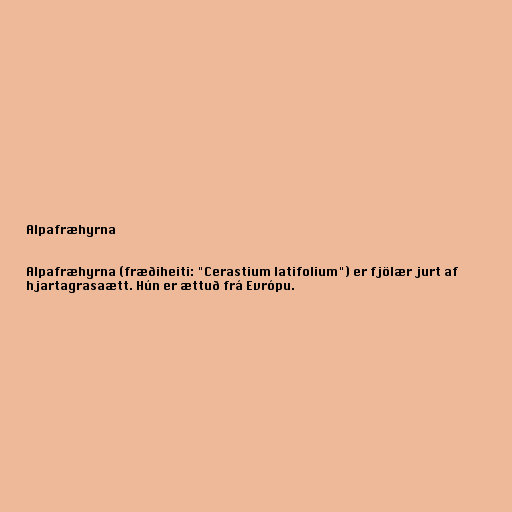
Alpafræhyrna

Alpafræhyrna (fræðiheiti: "Cerastium latifolium") er fjölær jurt af
hjartagrasaætt. Hún er ættuð frá Evrópu.